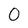
Character: O